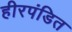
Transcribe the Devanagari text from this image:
हीरपंडित